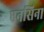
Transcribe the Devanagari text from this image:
एनसिना